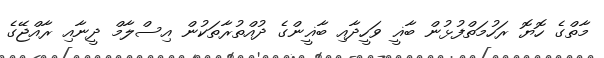
މާތްގެ ހޮޔޮ ރަހުމަތްފުޅުން ބާޣީ ވަހީދާއި ބާޣީންގެ ދުއްތުރާތަކުން އިސްލާމް ދީނާއި ރާއްޖޭގެ